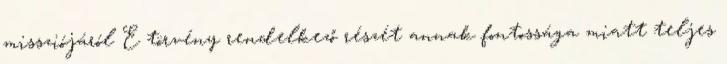
missziójáról E törvény rendelkező részét annak fontossága miatt teljes